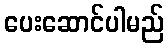
ပေးဆောင်ပါမည်